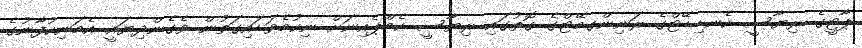
ޕާޓީގެ ރިޔާސީ ކެނޑިޑޭޓްގެ ރަނިންގމޭޓްގެ ގޮތުގައި ރިޔާސީ ކެމްޕެއިނަށް ނިކުމެވަޑައިގަތުން ވެގެންދިޔައީ އެމަނިކުފާނުގެ